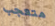
متعجب